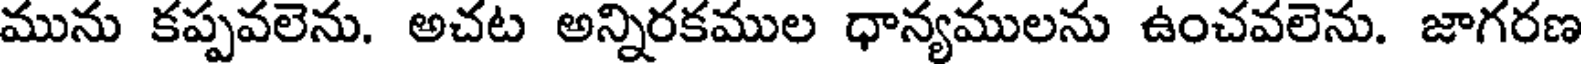
మును కప్పవలెను. అచట అన్నిరకముల ధాన్యములను ఉంచవలెను. జాగరణ